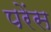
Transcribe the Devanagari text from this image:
परेंस